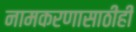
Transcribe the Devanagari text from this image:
नामकरणासाठीही